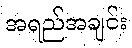
အရည်အချင်း